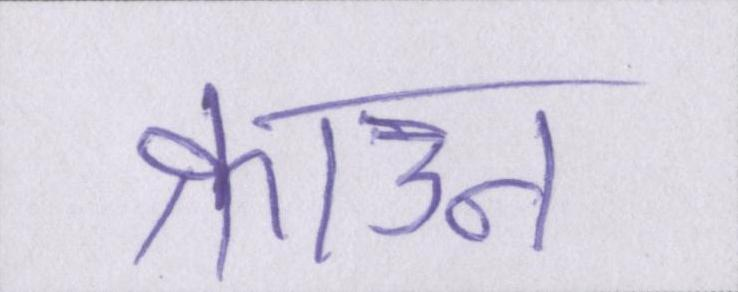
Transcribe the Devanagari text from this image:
क्राउन